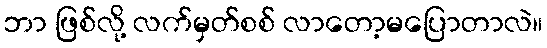
ဘာ ဖြစ်လို့ လက်မှတ်စစ် လာတော့မပြောတာလဲ။